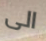
الى